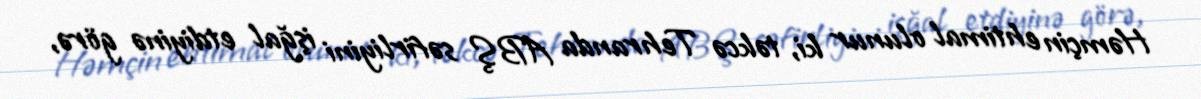
Həmçin ehtimal olunur ki, təkcə Tehranda ABŞ səfirliyini işğal etdiyinə görə,